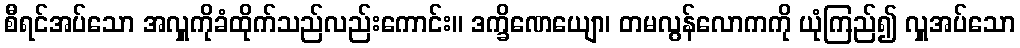
စီရင်အပ်သော အလှူကိုခံထိုက်သည်လည်းကောင်း။ ဒက္ခိဏေယျော၊ တမလွန်လောကကို ယုံကြည်၍ လှူအပ်သော